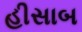
હીસાબ